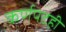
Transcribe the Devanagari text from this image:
कर्णपटही